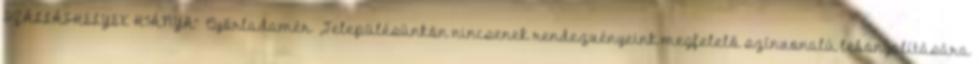
SZÁLLÁSHELYEK HIÁNYA” ▪Győrladamér ▪„Településünkön nincsenek rendezvényeink megfelelő színvonalú lebonyolítására